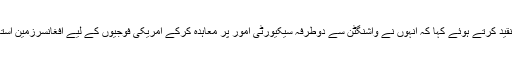
طالبان نے افغان حکومت پر تنقید کرتے ہوئے کہا کہ انہوں نے واشنگٹن سے دوطرفہ سیکیورٹی امور پر معاہدہ کرکے امریکی فوجیوں کے لیے افغانسرزمین استعمال کرنے کا موقع فراہم کیا۔